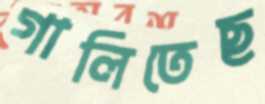
গালিতেছ